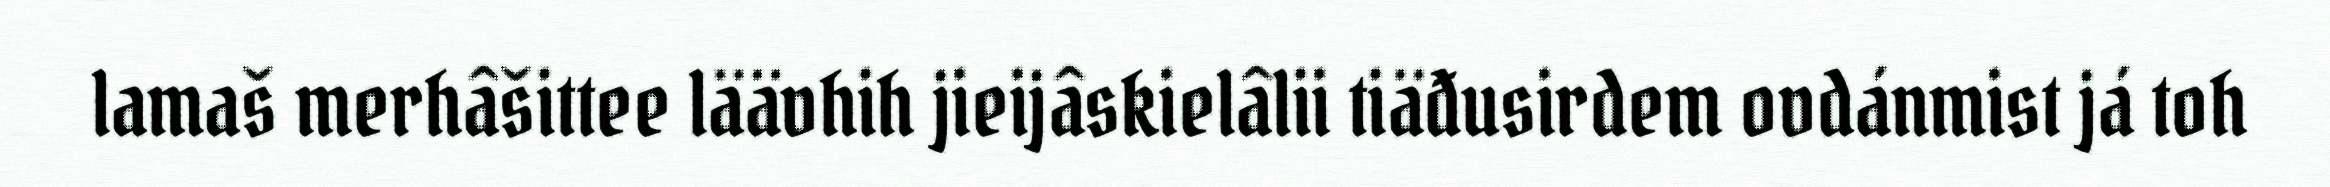
lamaš merhâšittee läävhih jieijâskielâlii tiäđusirdem ovdánmist já toh